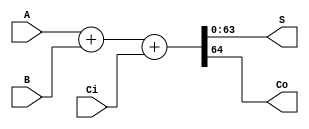
module Adder32 (A, B, Ci, S, Co);

input[63:0] A;
input[63:0] B;
input Ci;
output[63:0] S;
output Co;
wire[64:0] Sum33;
assign Sum33 = A + B + Ci ;
assign S = Sum33[63:0] ;
assign Co = Sum33[64] ;
endmodule